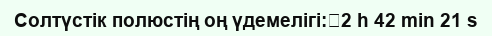
Солтүстік полюстің оң үдемелігі:	2 h 42 min 21 s